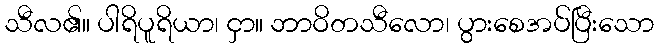
သီလ၏။ ပါရိပူရိယာ၊ ငှာ။ ဘာဝိတသီလော၊ ပွားစေအပ်ပြီးသော